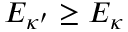
E _ { \kappa ^ { \prime } } \geq E _ { \kappa }